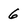
Character: 6